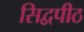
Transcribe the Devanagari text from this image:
सिद्वपीठ